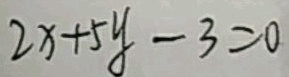
2 x + 5 y - 3 = 0